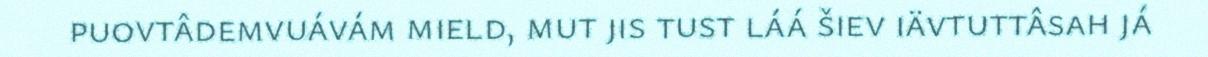
puovtâdemvuávám mield, mut jis tust láá šiev iävtuttâsah já